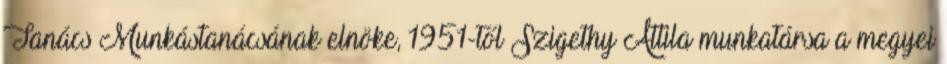
Tanács Munkástanácsának elnöke, 1951-től Szigethy Attila munkatársa a megyei